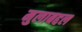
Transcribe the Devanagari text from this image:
मुलाबद्दल